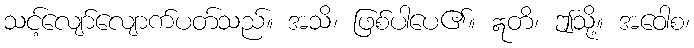
သင့်လျော်လျောက်ပတ်သည်။ အသိ၊ ဖြစ်ပါပေ၏။ ဣတိ၊ ဤသို့။ အဝေါစ၊